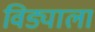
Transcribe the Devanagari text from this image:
विड्याला